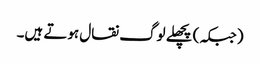
(جبکہ) پچھلے لوگ نقال ہوتے ہیں۔